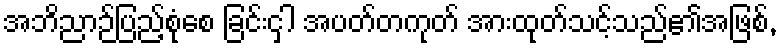
အဘိညာဉ်ပြည့်စုံစေ ခြင်းငှါ အပတ်တကုတ် အားထုတ်သင့်သည်၏အဖြစ်,